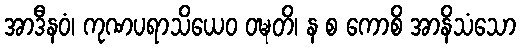
အာဒီနဝံ၊ ကုဏပရာသိယေဝ ဝဍ္ဎတိ၊ န စ ကောစိ အာနိသံသော